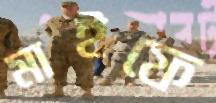
মাইফে